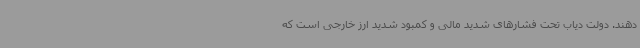
دهند. دولت دیاب تحت فشارهای شدید مالی و کمبود شدید ارز خارجی است که